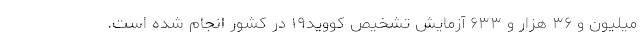
میلیون و ۳۶ هزار و ۶۳۳ آزمایش تشخیص کووید۱۹ در کشور انجام شده است.